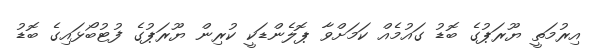
އިރުމަތީ ޔޫރަޕުގެ ބޮޑު ގައުމެއް ކަމަށްވާ ޕޮލެންޑަކީ ކުރިން ޔޫރަޕުގެ ފުޓުބޯޅައިގެ ބޮޑު